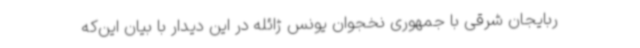
ربایجان شرقی با جمهوری نخجوان یونس ژائله در این دیدار با بیان این‌که